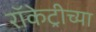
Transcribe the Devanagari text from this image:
रॉकेट्रीच्या